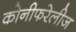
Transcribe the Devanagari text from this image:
कोनीफरेलीज